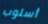
أسلوب